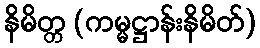
နိမိတ္တ (ကမ္မဋ္ဌာန်းနိမိတ်)